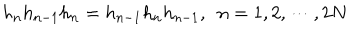
h _ { n } h _ { n - 1 } h _ { n } = h _ { n - 1 } h _ { n } h _ { n - 1 } , ~ ~ n = 1 , 2 , \cdots , 2 N